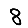
Digit: 8